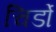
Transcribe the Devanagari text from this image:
चिर्डो